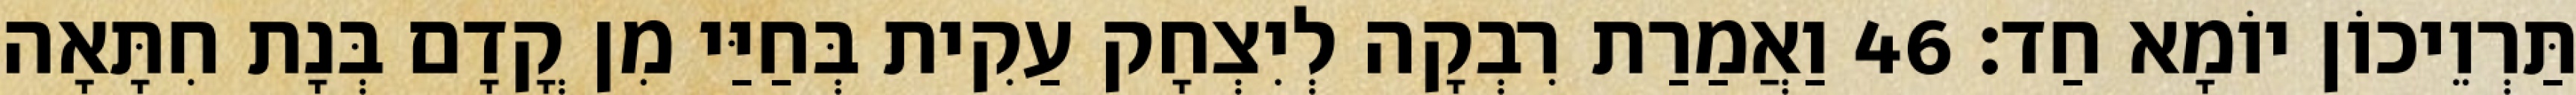
תַּרְוֵיכוֹן יוֹמָא חַד׃ 46 וַאֲמַרַת רִבְקָה לְיִצְחָק עַקִית בְּחַיַּי מִן קֳדָם בְּנָת חִתָּאָה